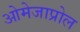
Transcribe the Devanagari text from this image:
ओमेजाप्रोल